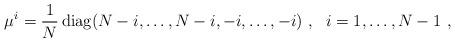
LaTeX: \begin{align*}\mu^i=\frac{1}{N}\,{\rm diag}(N-i,\ldots,N-i,-i,\ldots,-i)~,~~i=1,\ldots,N-1~,\end{align*}